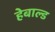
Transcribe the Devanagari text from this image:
हेबाल्ड